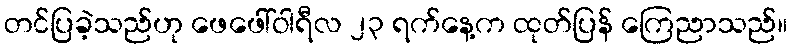
တင်ပြခဲ့သည်ဟု ဖေဖေါ်ဝါရီလ ၂၃ ရက်နေ့က ထုတ်ပြန် ကြေညာသည်။